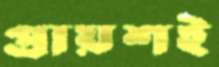
প্রায়শই